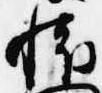
懐